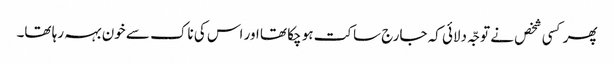
پھر کسی شخص نے توجّہ دلائی کہ جارج ساکت ہو چکا تھا اور اس کی ناک سے خون بہہ رہا تھا۔